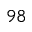
^ { 9 8 }